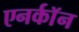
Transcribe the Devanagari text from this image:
एनर्कॉन